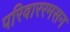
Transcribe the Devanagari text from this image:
परिवाररमसन